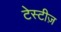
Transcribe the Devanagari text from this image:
टेस्टीज़